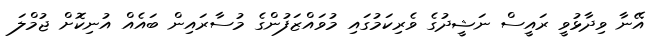
އޭނާ ވިދާޅުވީ ރައީސް ނަޝީދުގެ ވެރިކަމުގައި މުވައްޒަފުންގެ މުސާރައިން ބައެއް އުނިކޮށް ޖުމްލަ